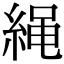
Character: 䋲